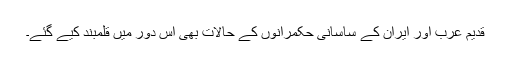
قدیم عرب اور ایران کے ساسانی حکمرانوں کے حالات بھی اس دور میں قلمبند کیے گئے۔